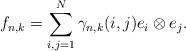
LaTeX: \begin{align*}f_{n,k}=\sum_{i,j=1}^N\gamma_{n,k}(i,j)e_i\otimes e_j.\end{align*}